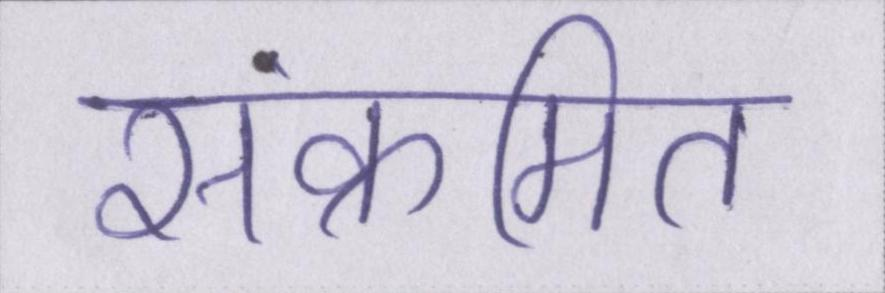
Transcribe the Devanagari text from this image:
संक्रमित